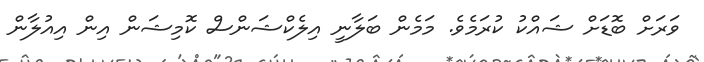
ވަރަށް ބޮޑަށް ޝައްކު ކުރަމެވެ. މަމެން ބަލާނީ އިލެކްޝަންސް ކޮމިޝަން އިން އިއުލާން